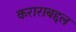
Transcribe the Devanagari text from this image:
कराराबद्दल